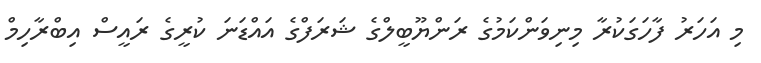
މި އަހަރު ފާހަގަކުރާ މިނިވަންކަމުގެ ރަންޔޫބީލްގެ ޝަރަފްގެ އައްޑަނަ ކުރީގެ ރައީސް އިބްރާހިމް